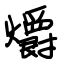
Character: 爝